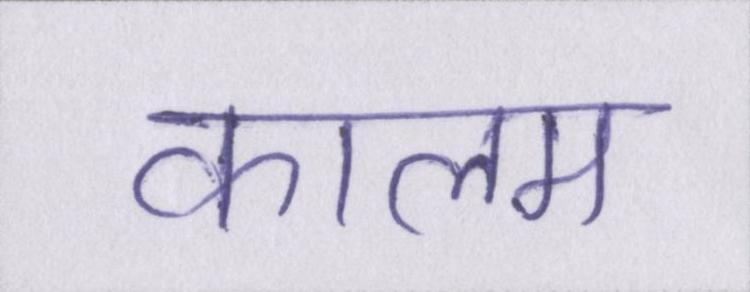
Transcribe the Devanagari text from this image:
कालम